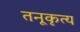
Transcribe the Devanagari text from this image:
तनूकृत्य